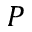
P